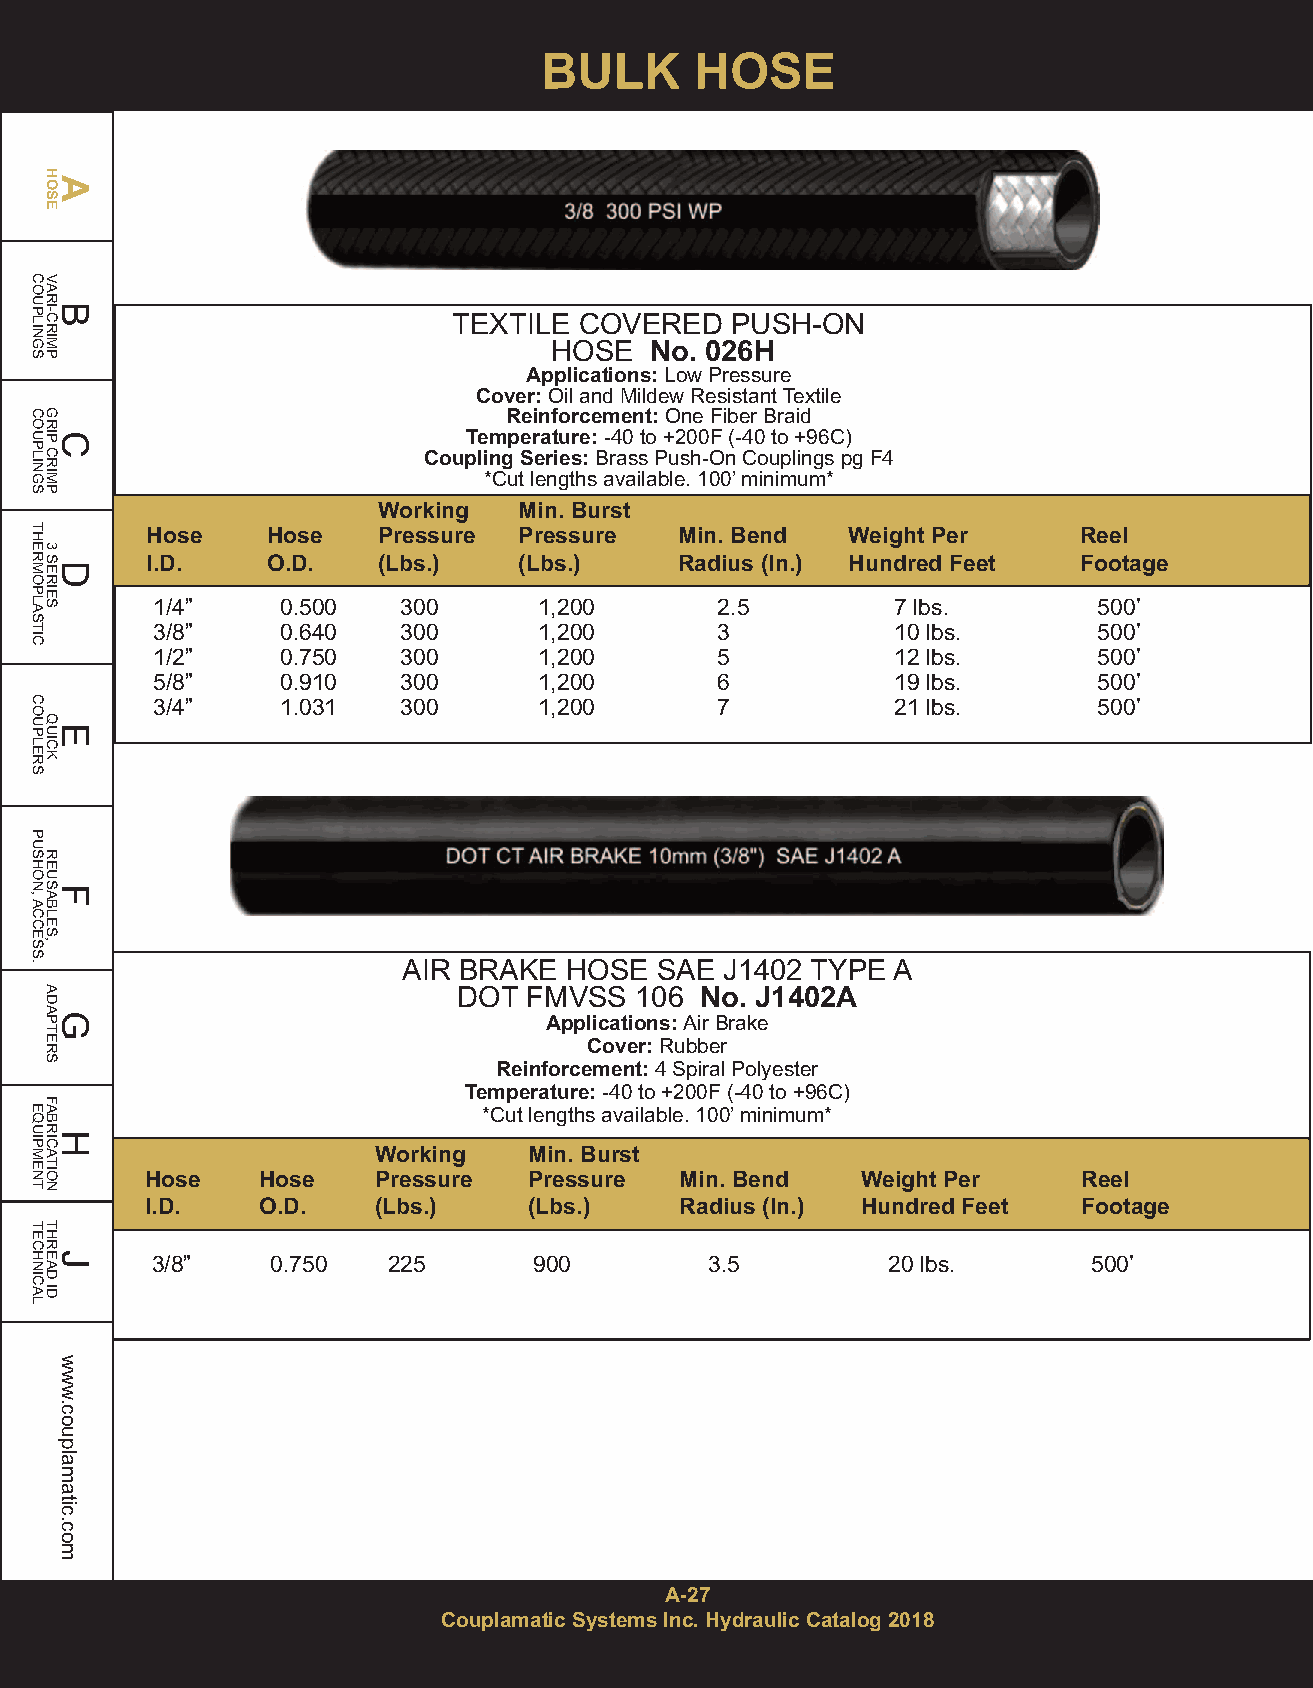
BULK      HOSE
 TEXTILE COVERED   PUSH-ON
 HOSE   No. 026H
 Applications:Low Pressure
 Cover:Oil and Mildew Resistant Textile
 Reinforcement: One Fiber Braid
 Temperature:-40 to +200F (-40 to +96C)
 Coupling Series:Brass Push-On Couplings pg F4
 *Cut lengths available. 100’ minimum*
 Working  Min. Burst
 Hose    Hose   Pressure Pressure   Min. Bend  Weight Per     Reel
 I.D.    O.D.   (Lbs.)   (Lbs.)     Radius (In.) Hundred Feet Footage
 1/4”     0.500  300       1,200      2.5         7 lbs.        500’
 3/8”     0.640  300       1,200      3           10 lbs.       500’
 1/2”     0.750  300       1,200      5           12 lbs.       500’
 5/8”     0.910  300       1,200      6           19 lbs.       500’
 3/4”     1.031  300       1,200      7           21 lbs.       500’
 AIR BRAKE HOSE  SAE  J1402 TYPE A
 DOT  FMVSS  106 No. J1402A
 Applications: Air Brake
 Cover:Rubber
 Reinforcement: 4 Spiral Polyester
 Temperature:-40 to +200F (-40 to +96C)
 *Cut lengths available. 100’ minimum*
 Working   Min. Burst
 Hose   Hose    Pressure  Pressure  Min. Bend   Weight Per     Reel
 I.D.   O.D.    (Lbs.)    (Lbs.)    Radius (In.) Hundred Feet  Footage
 3/8”    0.750   225      900         3.5         20 lbs.      500’
 A-27
 Couplamatic Systems Inc. Hydraulic Catalog 2018
 COUPLINGS
 COUPLINGS
 THERMOPLASTIC
 COUPLERS
 PUSHON,ACCESS.
 EQUIPMENT
 TECHNICAL
 HAOSE
 VARBI-CRIMP
 GRICP
 CRIMP
 3
 SDERIES
 QEUICK
 REUSFABLES,
 ADAGPTERS
 FABRHICATION
 THREJAD
 ID
 www.couplamatic.com